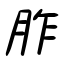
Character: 胙